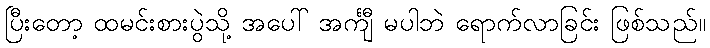
ပြီးတော့ ထမင်းစားပွဲသို့ အပေါ် အင်္ကျီ မပါဘဲ ရောက်လာခြင်း ဖြစ်သည်။